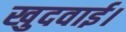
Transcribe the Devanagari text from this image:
खुदवाई।